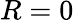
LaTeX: R=0